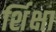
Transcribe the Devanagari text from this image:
र्शिक्षा